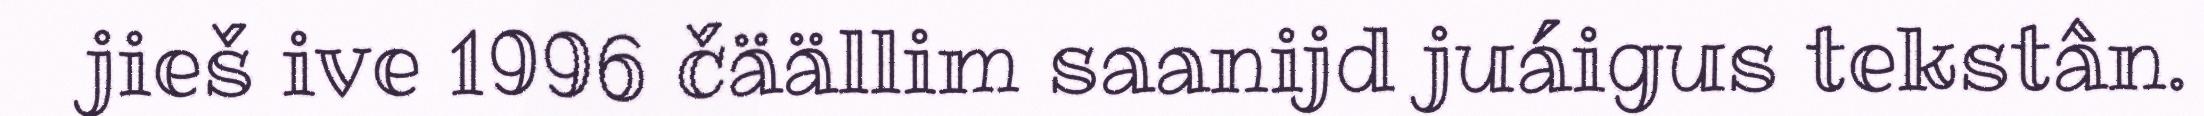
jieš ive 1996 čäällim saanijd juáigus tekstân.